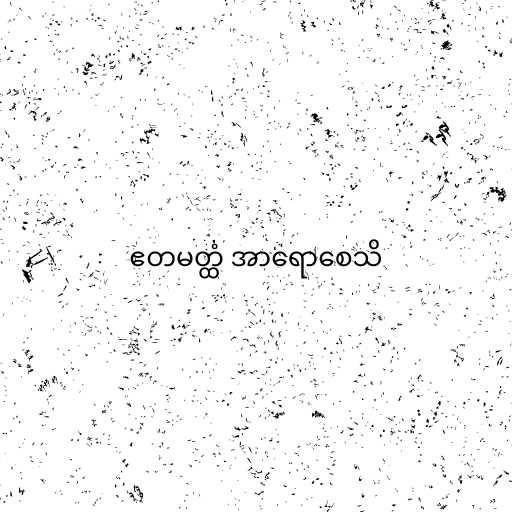
ဧတမတ္ထံ အာရောစေသိ